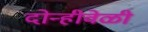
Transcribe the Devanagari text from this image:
दोन्हीवेळी